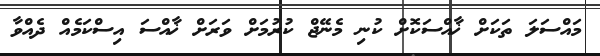
މައްސަލަ ތަކަށް ޚާއްސަކޮށް ކުނި މެނޭޖް ކުރުމަށް ވަރަށް ޚާއްސަ އިސްކަމެއް ދެއްވާ